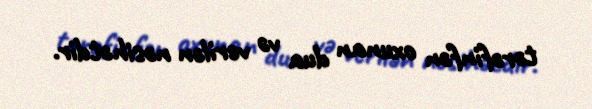
tərəfinfən oxunan dua və verilən nəsihətdir.